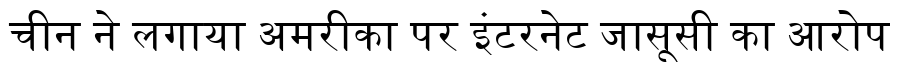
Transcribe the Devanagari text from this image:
चीन ने लगाया अमरीका पर इंटरनेट जासूसी का आरोप